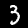
Digit: 3